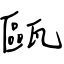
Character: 甌